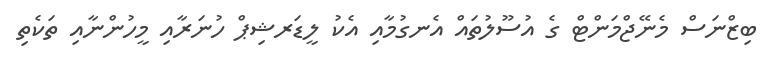
ބިޒްނަސް މެނޭޖްމަންޓް ގެ އުސޫލުތައް އެނގުމާއި އެކު ލީޑަރޝިޕް ހުނަރާއި މީހުންނާއި ތަކެތި